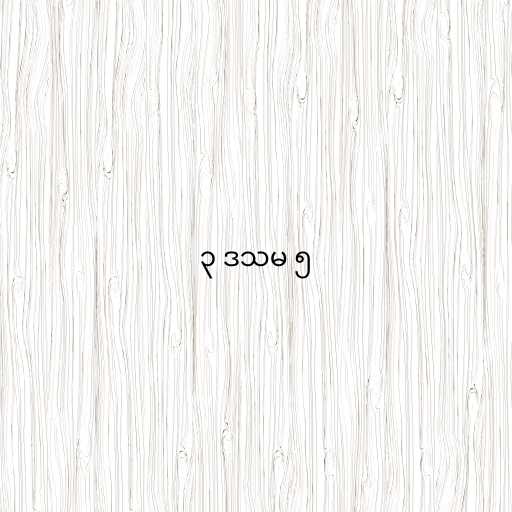
၃ ဒသမ ၅